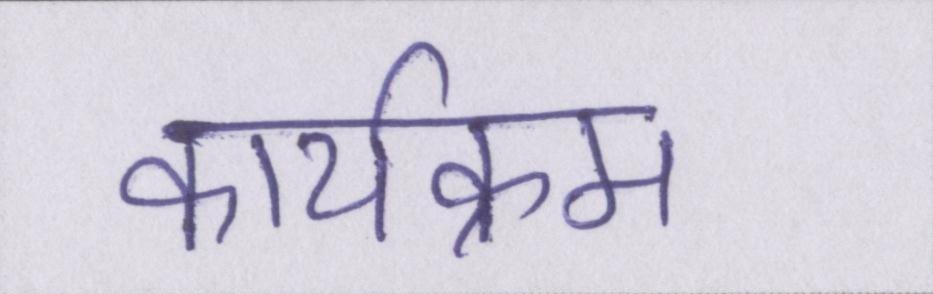
कार्यक्रम